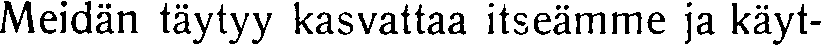
Meidän täytyy kasvattaa itseämme ja käyt-